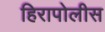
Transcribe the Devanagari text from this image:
हिरापोलीस